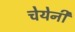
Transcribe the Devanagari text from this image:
चेयेनी